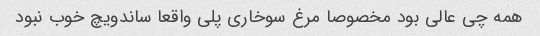
همه چی عالی بود مخصوصا مرغ سوخاری پلی واقعا ساندویچ خوب نبود